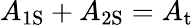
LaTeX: A_{\mathrm{{1S}}}+A_{\mathrm{{2S}}}=A_{\mathrm{{t}}}